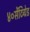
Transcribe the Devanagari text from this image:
४०सेंटिग्रेड